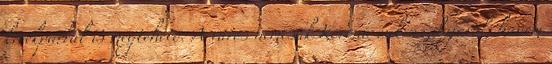
kerékpárral is megtehető. A város nemcsak Korona cukrászdájáról, hanem